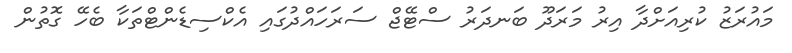
މައުރަޒު ކުރިއަށްދާ އިރު މަރަދޫ ބަނދަރު ސްޓޭޖް ސަރަހައްދުގައި އެކްސިޑެންޓްތަކާ ބެހޭ ގޮތުން